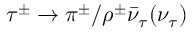
\tau ^ { \pm } \to \pi ^ { \pm } / \rho ^ { \pm } \bar { \nu } _ { \tau } ( \nu _ { \tau } )